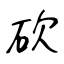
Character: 砍